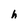
Character: h